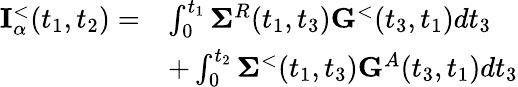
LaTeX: \begin{array}{rl}{{\mathbf I}_{\alpha}^{<}(t_{1},t_{2})=}&{\int_{0}^{t_{1}}{\mathbf\Sigma}^{R}(t_{1},t_{3}){\mathbf G}^{<}(t_{3},t_{1})dt_{3}}\\ &{+\int_{0}^{t_{2}}{\mathbf\Sigma}^{<}(t_{1},t_{3}){\mathbf G}^{A}(t_{3},t_{1})dt_{3}}\end{array}